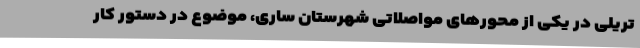
تریلی در یکی از محورهای مواصلاتی شهرستان ساری، موضوع در دستور کار